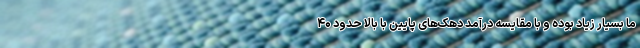
ما بسیار زیاد بوده و با مقایسه درآمد دهک‌های پایین با بالا حدود ۴۰